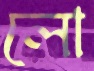
লো